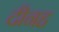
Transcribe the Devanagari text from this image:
दीनह